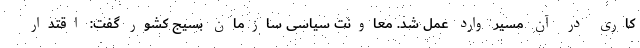
کاری در آن مسیر وارد عمل شد. معاونت سیاسی سازمان بسیج کشور گفت: اقتدار